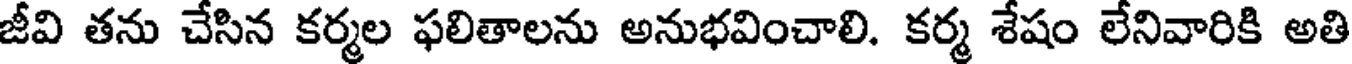
జీవి తను చేసిన కర్మల ఫలితాలను అనుభవించాలి. కర్మ శేషం లేనివారికి అతి